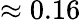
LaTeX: \approx 0.16